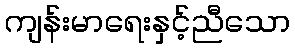
ကျန်းမာရေးနှင့်ညီသော